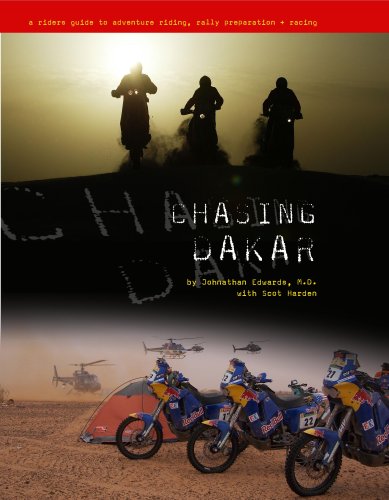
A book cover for Chasing Dakar - a rider's guide to adventure riding, rally preparation and racing; Johnathan Edwards M.D. and Scot Harden; Teen & Young Adult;